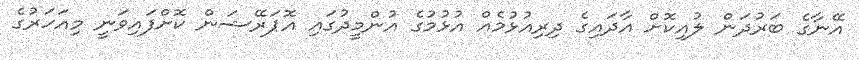
އޭނާގެ ބަރުދަން ލުއިކޮށް އާދައިގެ ދިރިއުޅުމެއް އުޅުމުގެ އުންމީދުގައި އޮޕަރޭޝަން ކޮށްފައިވަނީ މިއަހަރުގެ